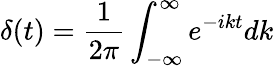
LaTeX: \delta(t)=\frac{1}{2\pi}\int_{-\infty}^{\infty}e^{-ikt}dk